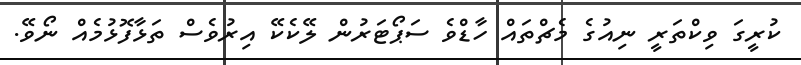
ކުރީގަ ވިކްތަރީ ނިއުގެ މެޗްތައް ހާޑްވެ ސަޕޯޓަރުން ލޭކެކޭ އިރުވެސް ތަޅާފޮޅުމެއް ނޯވޭ.